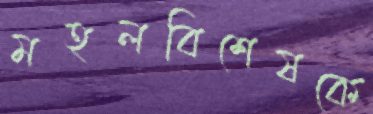
মহলবিশেষকে